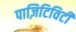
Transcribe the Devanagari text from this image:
पाज़िटिविटी